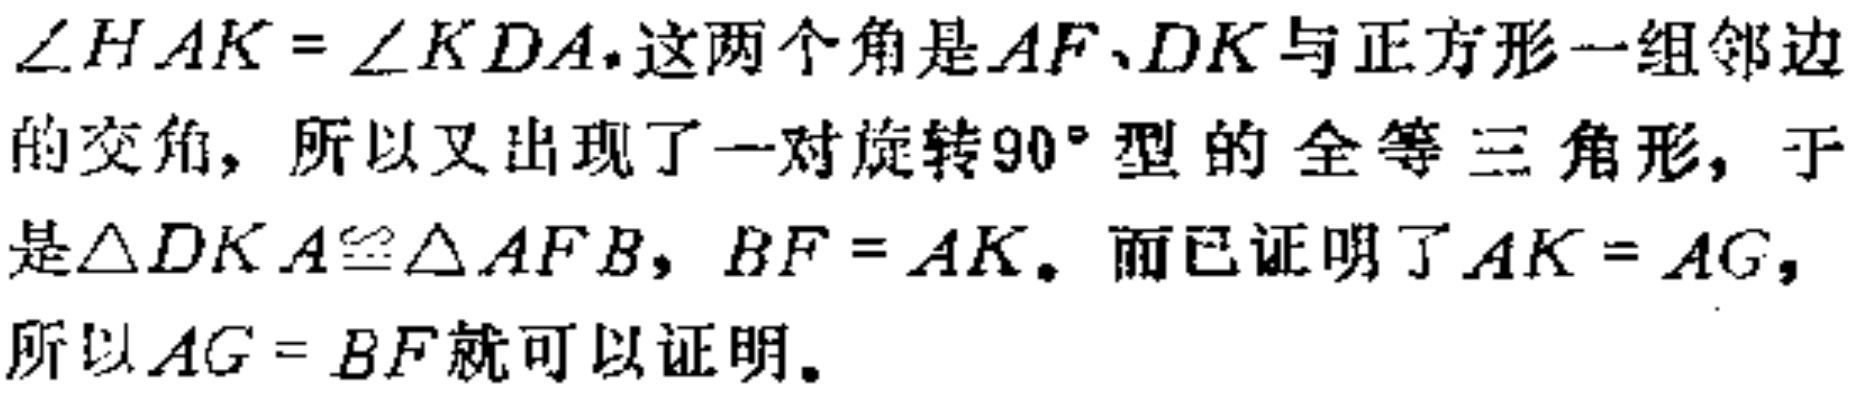
$\angle HAK = \angle KDA$，这两个角是$AF、DK$与正方形一组邻边的交角，所以又出现了一对旋转$90^{\circ}$型的全等三角形，于是$\triangle DKA\cong\triangle AFB$，$BF = AK$。而已证明了$AK = AG$，所以$AG = BF$就可以证明。